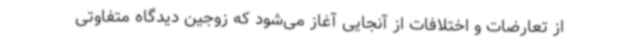
از تعارضات و اختلافات از آنجایی آغاز می‌شود که زوجین دیدگاه متفاوتی